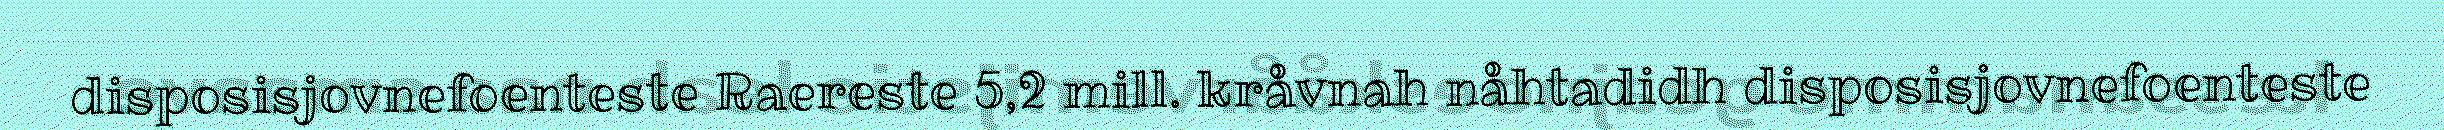
disposisjovnefoenteste Raereste 5,2 mill. kråvnah nåhtadidh disposisjovnefoenteste